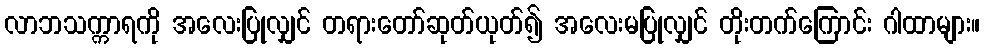
လာဘသက္ကာရကို အလေးပြုလျှင် တရားတော်ဆုတ်ယုတ်၍ အလေးမပြုလျှင် တိုးတက်ကြောင်း ဂါထာများ။